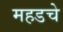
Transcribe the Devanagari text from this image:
महडचे